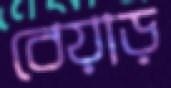
বেয়াড়